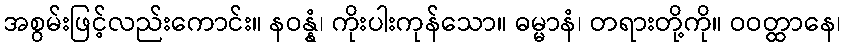
အစွမ်းဖြင့်လည်းကောင်း။ နဝန္နံ၊ ကိုးပါးကုန်သော။ ဓမ္မာနံ၊ တရားတို့ကို။ ဝဝတ္ထာနေ၊